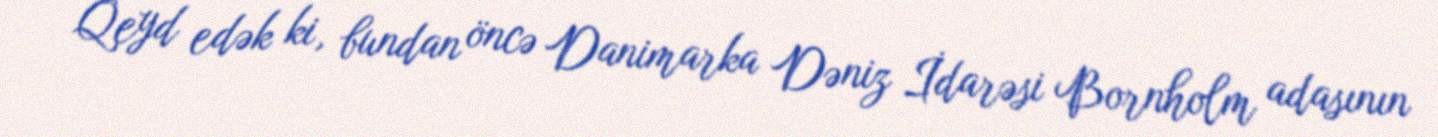
Qeyd edək ki, bundan öncə Danimarka Dəniz İdarəsi Bornholm adasının